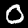
Digit: 0